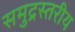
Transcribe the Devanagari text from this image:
समुद्रस्तरीय